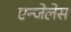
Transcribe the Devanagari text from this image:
एन्जेलेस